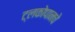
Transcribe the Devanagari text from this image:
ट्लकोपानचे